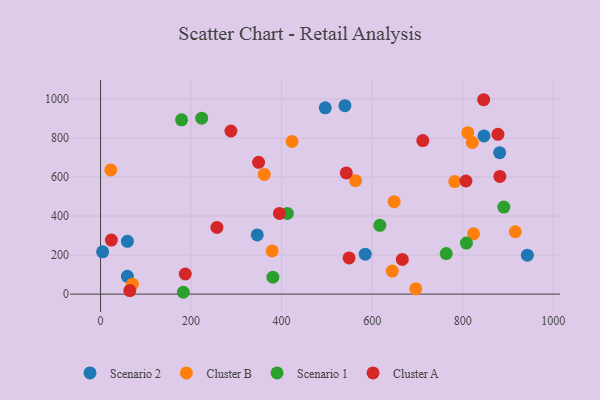
{"axis": {"x": "Study Hours", "y": "Demand"}, "legend": ["Cluster A", "Cluster B", "Scenario 1", "Scenario 2"], "data": [{"x": "584.7", "y": 204.8, "type": "Scenario 2"}, {"x": "59.3", "y": 90.9, "type": "Scenario 2"}, {"x": "942.9", "y": 199.5, "type": "Scenario 2"}, {"x": "539.9", "y": 965.4, "type": "Scenario 2"}, {"x": "881.7", "y": 724.6, "type": "Scenario 2"}, {"x": "4.6", "y": 216.7, "type": "Scenario 2"}, {"x": "59.4", "y": 270.2, "type": "Scenario 2"}, {"x": "346.2", "y": 303.3, "type": "Scenario 2"}, {"x": "847.1", "y": 810.4, "type": "Scenario 2"}, {"x": "496.4", "y": 954.4, "type": "Scenario 2"}, {"x": "648.6", "y": 473.6, "type": "Cluster B"}, {"x": "696.3", "y": 27.2, "type": "Cluster B"}, {"x": "361.7", "y": 613.3, "type": "Cluster B"}, {"x": "423.0", "y": 781.8, "type": "Cluster B"}, {"x": "70.4", "y": 50.7, "type": "Cluster B"}, {"x": "824.1", "y": 308.7, "type": "Cluster B"}, {"x": "563.3", "y": 581.2, "type": "Cluster B"}, {"x": "782.5", "y": 576.4, "type": "Cluster B"}, {"x": "811.2", "y": 826.8, "type": "Cluster B"}, {"x": "22.6", "y": 636.1, "type": "Cluster B"}, {"x": "821.3", "y": 776.6, "type": "Cluster B"}, {"x": "916.2", "y": 319.4, "type": "Cluster B"}, {"x": "644.5", "y": 117.9, "type": "Cluster B"}, {"x": "379.2", "y": 221.1, "type": "Cluster B"}, {"x": "890.8", "y": 446.1, "type": "Scenario 1"}, {"x": "182.9", "y": 9.4, "type": "Scenario 1"}, {"x": "808.3", "y": 261.3, "type": "Scenario 1"}, {"x": "763.6", "y": 207.5, "type": "Scenario 1"}, {"x": "380.8", "y": 86.9, "type": "Scenario 1"}, {"x": "179.0", "y": 892.7, "type": "Scenario 1"}, {"x": "617.0", "y": 352.4, "type": "Scenario 1"}, {"x": "412.7", "y": 413.1, "type": "Scenario 1"}, {"x": "223.4", "y": 901.4, "type": "Scenario 1"}, {"x": "288.0", "y": 835.7, "type": "Cluster A"}, {"x": "846.3", "y": 995.8, "type": "Cluster A"}, {"x": "257.1", "y": 341.8, "type": "Cluster A"}, {"x": "882.1", "y": 603.0, "type": "Cluster A"}, {"x": "877.9", "y": 818.4, "type": "Cluster A"}, {"x": "711.9", "y": 786.6, "type": "Cluster A"}, {"x": "549.0", "y": 185.2, "type": "Cluster A"}, {"x": "542.9", "y": 620.7, "type": "Cluster A"}, {"x": "349.1", "y": 675.0, "type": "Cluster A"}, {"x": "807.2", "y": 579.5, "type": "Cluster A"}, {"x": "666.6", "y": 177.6, "type": "Cluster A"}, {"x": "23.9", "y": 276.6, "type": "Cluster A"}, {"x": "187.2", "y": 102.9, "type": "Cluster A"}, {"x": "395.2", "y": 413.3, "type": "Cluster A"}, {"x": "64.6", "y": 18.3, "type": "Cluster A"}]}